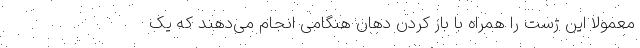
معمولا این ژست را همراه با باز کردن دهان هنگامی انجام می‌دهند که یک